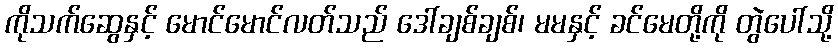
ကိုသက်ဆွေနှင့် မောင်မောင်လတ်သည် ဒေါ်ချစ်ချစ်၊ မမနှင့် ခင်မေတို့ကို တွဲပေါ်သို့